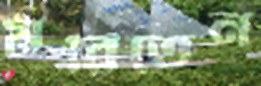
মরিতেন